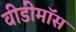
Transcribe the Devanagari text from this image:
वीडीमॉस